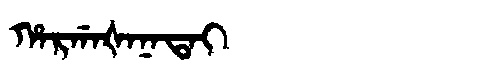
Manchu: ᡥᠠᡵᡤᠠᡧᠠᠨᠠᡨᠠᡳ
Romanization: HARGAŠANATAI